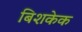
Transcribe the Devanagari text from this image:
बिशकेक